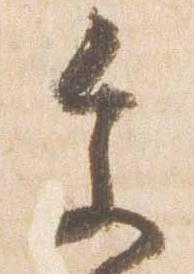
参